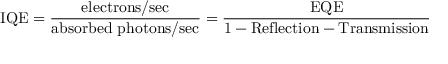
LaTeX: { \mathrm { I Q E } } = { \frac { \mathrm { e l e c t r o n s / s e c } } { \mathrm { a b s o r b e d ~ p h o t o n s / s e c } } } = { \frac { \mathrm { E Q E } } { \mathrm { 1 - R e f l e c t i o n - T r a n s m i s s i o n } } }